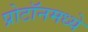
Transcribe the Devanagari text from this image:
प्रोटॉनमध्ये